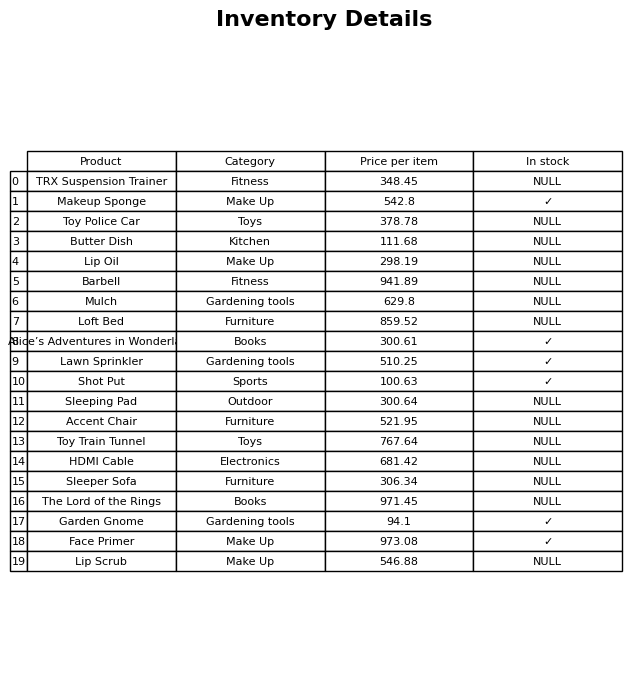
question: What is the price for Toy Police Car?
answer: The price of Toy Police Car is 378.78.